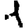
Digit: 1